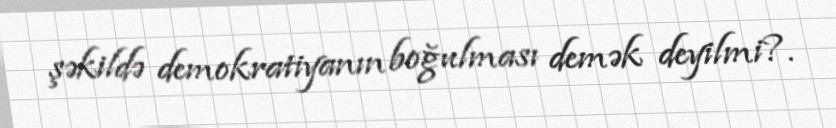
şəkildə demokratiyanın boğulması demək deyilmi?.